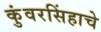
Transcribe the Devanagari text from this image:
कुंवरसिंहाचे